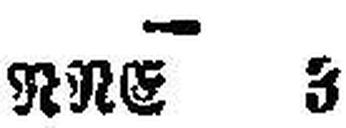
RRE 3